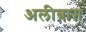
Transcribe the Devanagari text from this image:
अलीबाग़